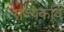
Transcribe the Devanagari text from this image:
राज्यकवि